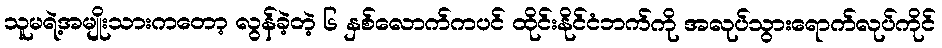
သူမရဲ့အမျိုးသားကတော့ လွန်ခဲ့တဲ့ ၆ နှစ်လောက်ကပင် ထိုင်းနိုင်ငံဘက်ကို အလုပ်သွားရောက်လုပ်ကိုင်